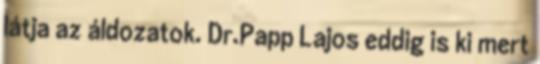
látja az áldozatok. Dr.Papp Lajos eddig is ki mert